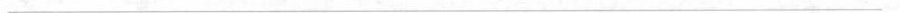
___